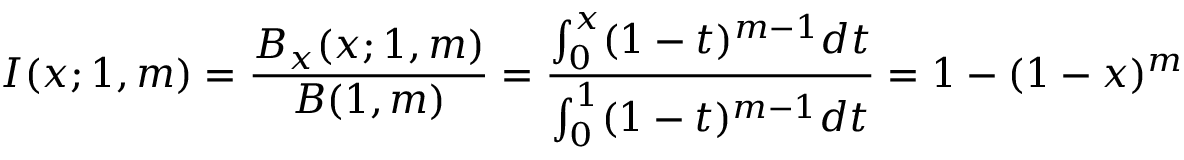
I ( x ; 1 , m ) = \frac { B _ { x } ( x ; 1 , m ) } { B ( 1 , m ) } = \frac { \int _ { 0 } ^ { x } ( 1 - t ) ^ { m - 1 } d t } { \int _ { 0 } ^ { 1 } ( 1 - t ) ^ { m - 1 } d t } = 1 - ( 1 - x ) ^ { m }